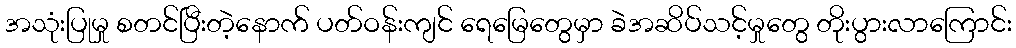
အသုံးပြုမှု စတင်ပြီးတဲ့နောက် ပတ်ဝန်းကျင် ရေမြေတွေမှာ ခဲအဆိပ်သင့်မှုတွေ တိုးပွားလာကြောင်း